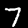
Label: 7